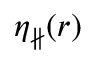
\eta _ { \nparallel } ( r )